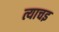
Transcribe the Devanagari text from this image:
त्याचइ